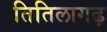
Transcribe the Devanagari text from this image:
तितिलागढ़